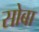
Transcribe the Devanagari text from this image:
सोबा